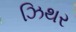
ઝિથર